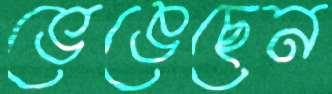
ভেঙেছেন